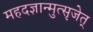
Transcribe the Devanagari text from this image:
महदज्ञान्मुत्सृजेत्